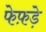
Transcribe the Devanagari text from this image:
फेफ़ड़े